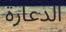
الدعارة